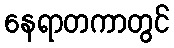
နေရာတကာတွင်